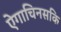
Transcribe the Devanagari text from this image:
ऐगाचिनसकि